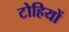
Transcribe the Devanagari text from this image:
टोहियों